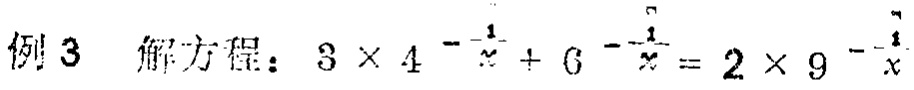
例 3 解方程：\(3\times4^{-\frac{1}{x}} + 6^{-\frac{1}{x}} = 2\times9^{-\frac{1}{x}}\)